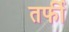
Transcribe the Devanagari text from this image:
तर्फी